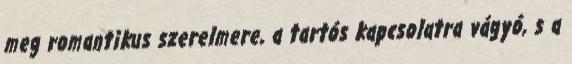
meg romantikus szerelmere, a tartós kapcsolatra vágyó, s a